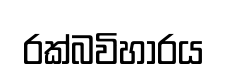
රක්බවිහාරය